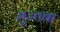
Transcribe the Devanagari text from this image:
मुज्तबा